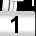
Digit: 1